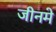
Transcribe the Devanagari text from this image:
जीनमे